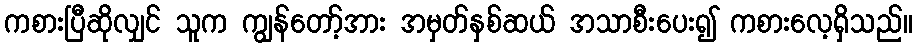
ကစားပြီဆိုလျှင် သူက ကျွန်တော့်အား အမှတ်နှစ်ဆယ် အသာစီးပေး၍ ကစားလေ့ရှိသည်။